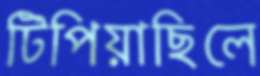
টিপিয়াছিলে